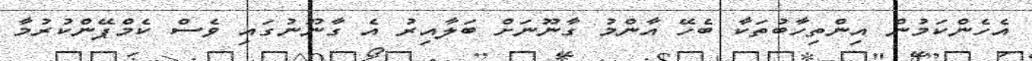
އެހެންކަމުން އިންތިހާބުތަކާ ބެހޭ އާންމު ގާނޫނަށް ބަލާއިރު އެ ގާނޫނުގައި ވެސް ކެމްޕޭންކުރުމާ